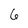
Character: 6